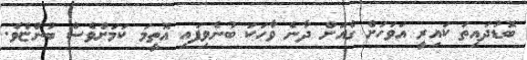
ބޮޑުދައިތަ ކައިރީ އަވަހަށް ގެއަށް ދާނެ ވާހަކަ ބުނެވިފައި އޮތީމަ ކަމަށްވެސް ބުންޏެވެ.